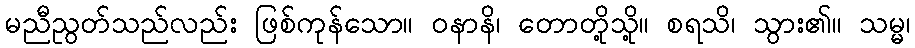
မညီညွတ်သည်လည်း ဖြစ်ကုန်သော။ ဝနာနိ၊ တောတို့သို့။ စရသိ၊ သွား၏။ သမ္မ၊